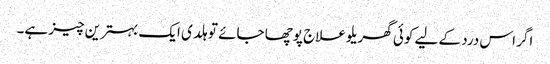
اگر اس درد کے لیے کوئی گھریلو علاج پوچھا جائے تو ہلدی ایک بہترین چیز ہے۔